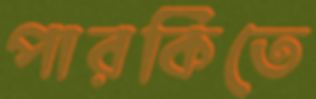
পারকিতে